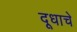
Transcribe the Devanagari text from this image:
दूधाचे